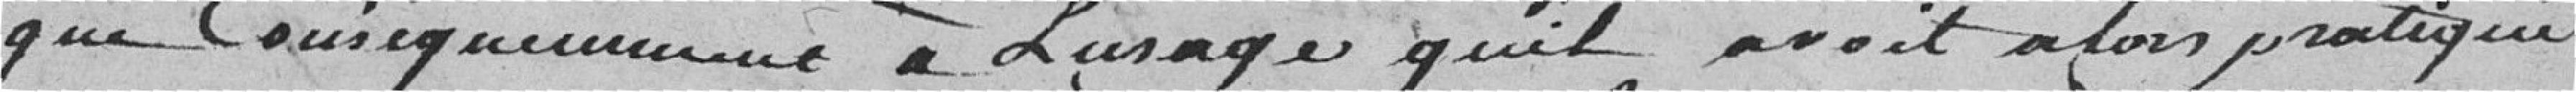
que conséquemment à l'usage qu'il avait alors pratiqué